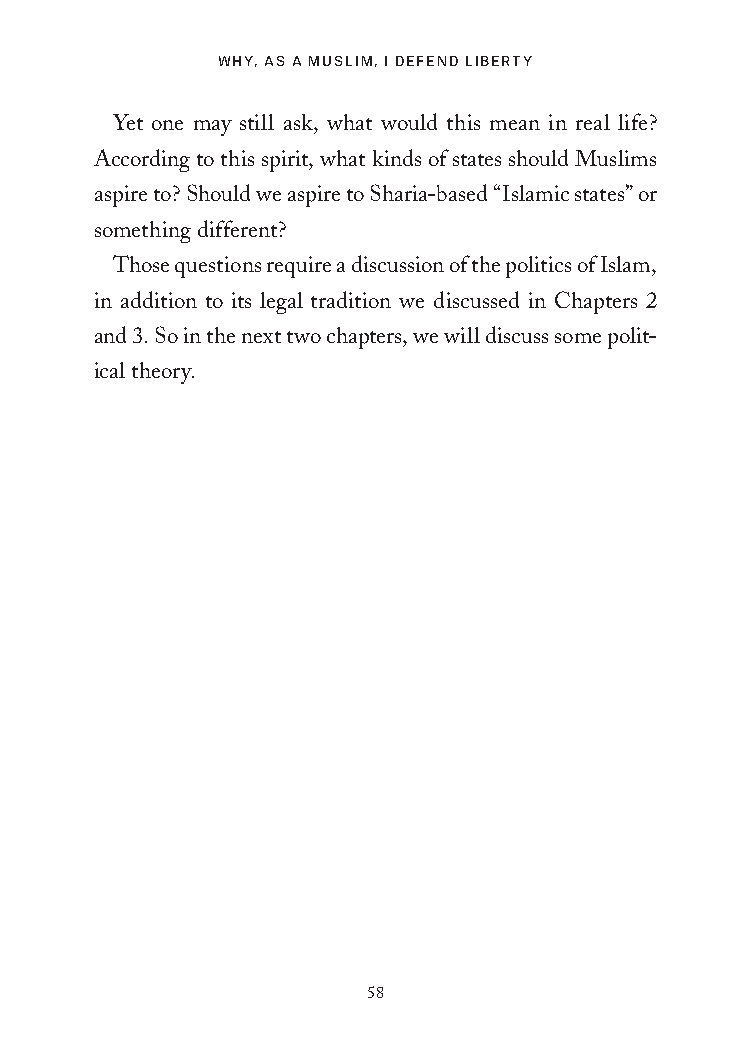
Why, as a MusliM, i DefenD liberty
 Yet one may still ask, what would this mean in real life?
 According to this spirit, what kinds of states should Muslims
 aspire to? Should we aspire to Sharia-based “Islamic states” or
 something different?
 Those questions require a discussion of the politics of Islam,
 in addition to its legal tradition we discussed in Chapters 2
 and 3. So in the next two chapters, we will discuss some polit-
 ical theory.
 58
 25320_Ch03.indd 58                       6/25/21 4:57 AM